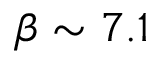
\beta \sim 7 . 1